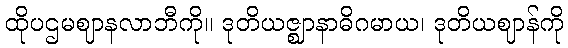
ထိုပဌမဈာနလာဘီကို။ ဒုတိယဇ္ဈာနာဓိဂမာယ၊ ဒုတိယဈာန်ကို